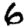
Digit: 6